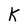
Character: K